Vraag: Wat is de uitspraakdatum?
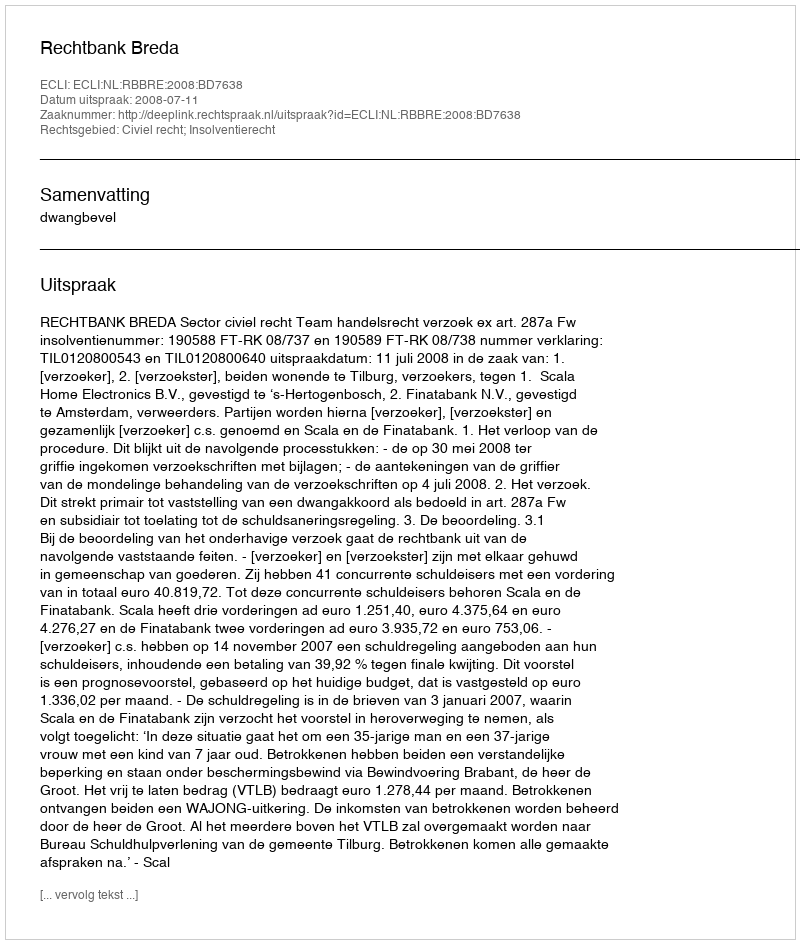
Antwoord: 2008-07-11